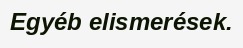
Egyéb elismerések.